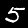
Digit: 5